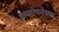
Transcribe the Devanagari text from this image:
ब्राम्होपदेषम